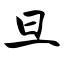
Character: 旦